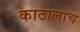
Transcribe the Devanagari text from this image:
काठालाच